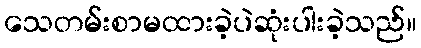
သေတမ်းစာမထားခဲ့ပဲဆုံးပါးခဲ့သည်။